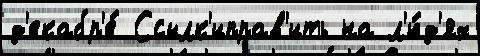
д'екабр'е́ Ссылк'иправ'ить на л'ю́д'ях